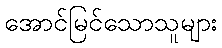
အောင်မြင်သောသူများ